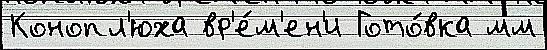
Конопл'юха вр'е́м'ен'и Гото́вка мм